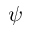
\psi